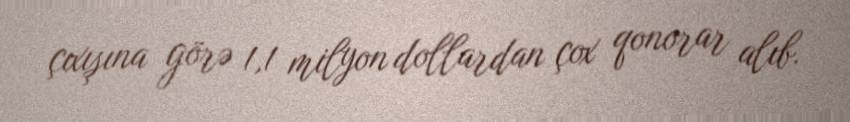
çıxışına görə 1,1 milyon dollardan çox qonorar alıb.